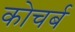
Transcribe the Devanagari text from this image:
कोचर्ब